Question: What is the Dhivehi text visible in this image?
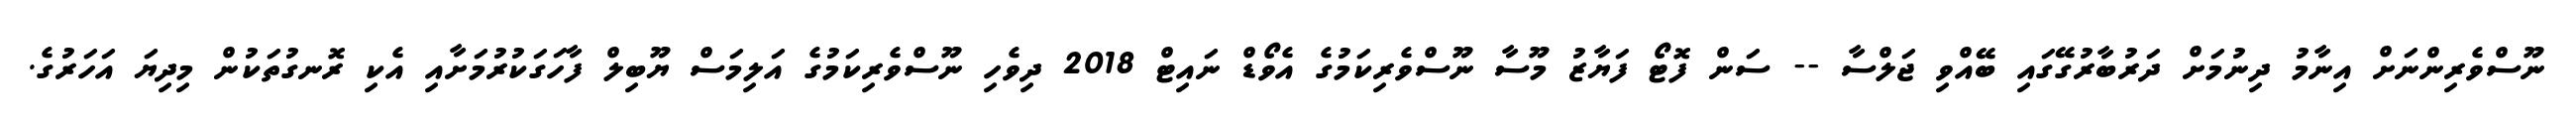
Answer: ނޫސްވެރިންނަށް އިނާމު ދިނުމަށް ދަރުބާރުގޭގައި ބޭއްވި ޖަލްސާ -- ސަން ފޮޓޯ ފަޔާޒު މޫސާ ނޫސްވެރިކަމުގެ އެވޯޑް ނައިޓް 2018 ދިވެހި ނޫސްވެރިކަމުގެ އަލިމަސް ޔޫބިލް ފާހަގަކުރުމަށާއި އެކި ރޮނގުތަކުން މިދިޔަ އަހަރުގެ.